Leaving Certificate Examination, 1916
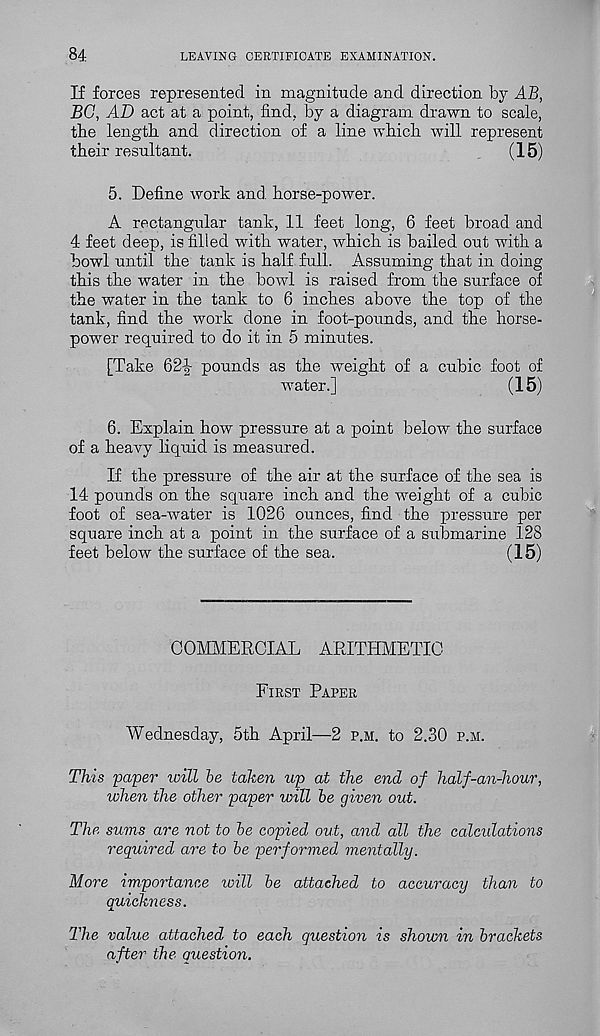
84
LEAVING CERTIFICATE EXAMINATION.
If forces represented in magnitude and direction by AB,
BG, AD act at a point, find, by a diagram drawn to scale,
the length and direction of a line which will represent
their resultant.
(15)
5. Define work and horse-power.
A rectangular tank, 11 feet long, 6 feet broad and
4 feet deep, is filled with water, which is bailed out with a
bowl until the tank is half full. Assuming that in doing
this the water in the bowl is raised from the surface of
the water in the tank to 6 inches above the top of the
tank, find the work done in foot-pounds, and the horse-
power required to do it in 5 minutes.
[Take 624- pounds as the weight of a cubic foot of
water.]
(15)
6. Explain how pressure at a point below the surface
of a heavy liquid is measured.
If the pressure of the air at the surface of the sea is
14 pounds on the square inch and the weight of a cubic
foot of sea-water is 1026 ounces, find the pressure per
square inch at a point in the surface of a submarine 128
feet below the surface of the sea.
(15)
COMMERCIAL ARITHMETIC
First Paper
Wednesday, 5th April—2 p.m. to 2.30 p.m.
This paper will be taken up at the end of half-an-hour,
when the other paper will be given out.
The sums are not to be copied out, and all the calculations
required are to be performed mentally.
More importance will be attached to accuracy than to
quickness.
The value attached to each question is shown in brackets
after the question.